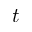
t